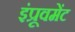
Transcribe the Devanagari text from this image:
इंप्रूवमेंट